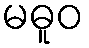
မဓူဝ